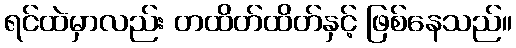
ရင်ထဲမှာလည်း တထိတ်ထိတ်နှင့် ဖြစ်နေသည်။